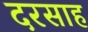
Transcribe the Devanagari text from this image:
दरसाह